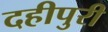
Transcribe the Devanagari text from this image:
दहीपुरी